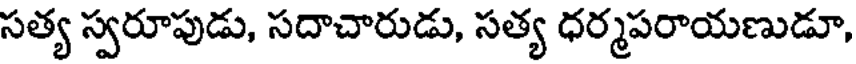
సత్య స్వరూపుడు, సదాచారుడు, సత్య ధర్మపరాయణుడూ,